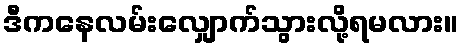
ဒီကနေလမ်းလျှောက်သွားလို့ရမလား။